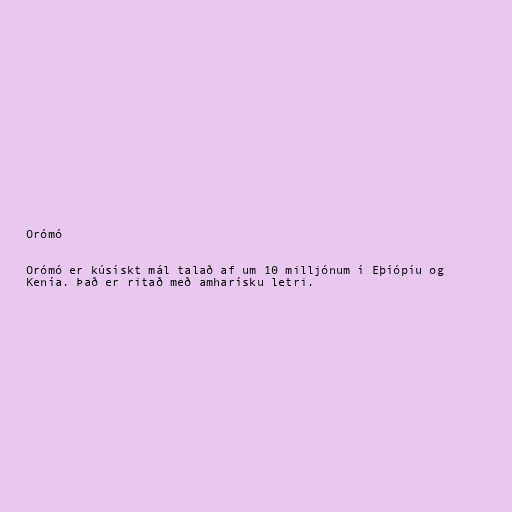
Orómó

Orómó er kúsískt mál talað af um 10 milljónum í Eþíópíu og
Kenía. Það er ritað með amharísku letri.